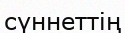
сүннеттің